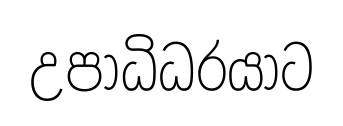
උපාධිධරයාට